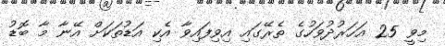
މިވީ 25 އަހަރުދުވަހުގެ ތެރޭގައި އިވިފައިވާ އެކި އަޑުތަކަށް އޭނާ މާ ބޮޑު